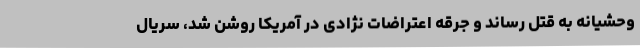
وحشیانه به قتل رساند و جرقه اعتراضات نژادی در آمریکا روشن شد، سریال